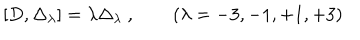
[ D , \Delta _ { \lambda } ] = \lambda \Delta _ { \lambda } \ , \qquad ( \lambda = - 3 , - 1 , + 1 , + 3 )